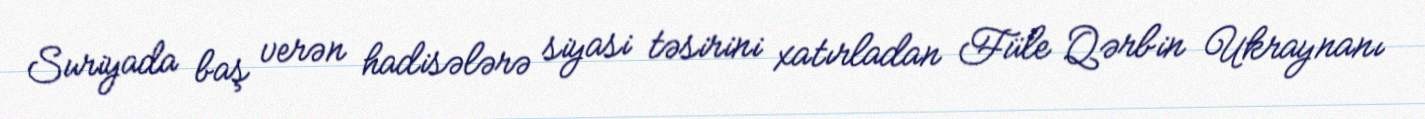
Suriyada baş verən hadisələrə siyasi təsirini xatırladan Füle Qərbin Ukraynanı